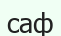
саф